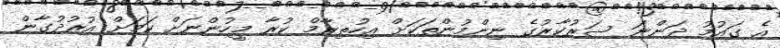
އެ ގައުމު ދަންނަ ސަރުކާރުގެ ނިންމުންތަކަށް އިހުތިރާމް ކުރާ މީހުންނަށް ކަމަށް އުރުދުގާން